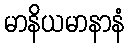
မာနိယမာနာနံ